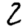
Digit: 2